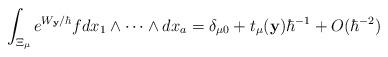
LaTeX: \begin{align*}\int_{\Xi_{\mu}} e^{W_{\mathbf{y}}/\hbar} fdx_1\wedge\cdots \wedge dx_a=\delta_{\mu 0} +t_{\mu}(\mathbf{y}) \hbar^{-1} +O(\hbar^{-2})\end{align*}